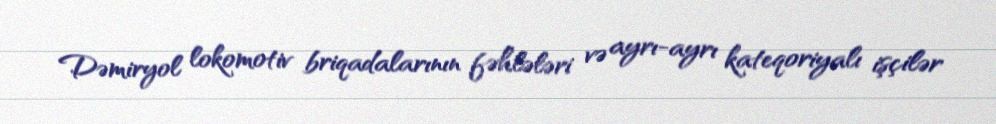
Dəmiryol lokomotiv briqadalarının fəhlələri və ayrı-ayrı kateqoriyalı işçilər